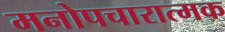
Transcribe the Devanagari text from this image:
मनोपचारात्मक